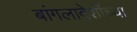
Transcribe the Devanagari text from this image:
बांगलादेशींच्या